Statistical return of the lunatic asylum in Assam - 1912-1932
Year: 1912
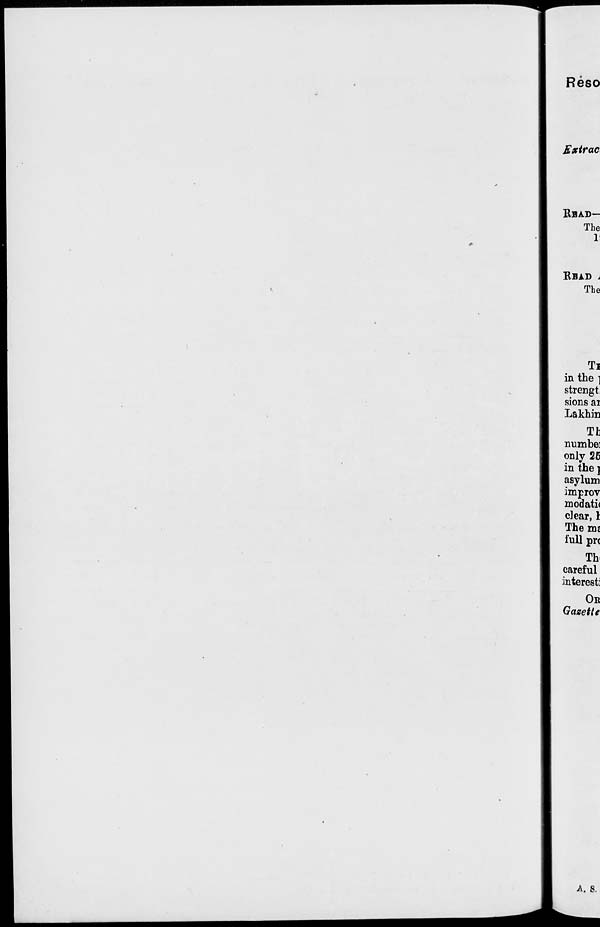
Reso
Kxtrac
RBA.D—
The
1
EBAD i
The
Ti
in the ]
strengt
sions ai
Lakhin
Tt
numbe:
only 26
in the ]
asylum
improv
modati<
clear, I
Them?
full pre
Th<
careful
interest]
OR
Gazette
A. s.